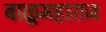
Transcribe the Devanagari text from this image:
बाळूमहाराज